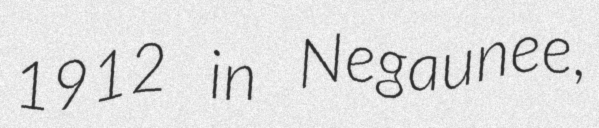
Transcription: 1912 in Negaunee,